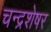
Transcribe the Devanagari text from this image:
चन्द्रशेषर